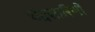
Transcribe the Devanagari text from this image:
चंद्रसारिणी